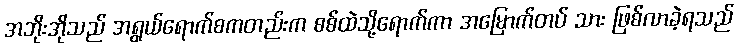
အဘိုးအိုသည် အရွယ်ရောက်စကတည်းက စစ်ထဲသို့ရောက်ကာ အမြောက်တပ် သား ဖြစ်လာခဲ့ရသည်